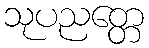
သုပညတ္တေ